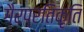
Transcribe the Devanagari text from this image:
गैरप्रतिकृति